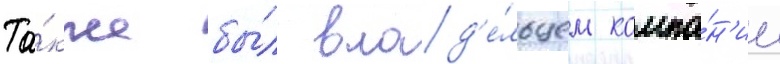
Та́кже бы́л влад'е́льцем компа́н'ии